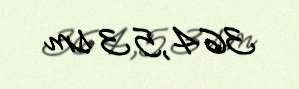
364,53 sm